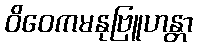
ဝိဝေကမနုဗြူဟန္တာ